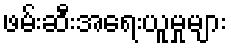
ဖမ်းဆီးအရေးယူမှုများ